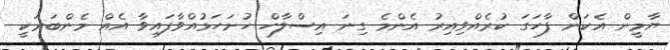
ޔާމީން އެކަން ފާހަގަ ކުރެއްވިއިރު އެންމެ ގިނަ އިސްލާހް ހުށަހަޅުއްވާފައިވާ އެއް މެންބަރަކީ